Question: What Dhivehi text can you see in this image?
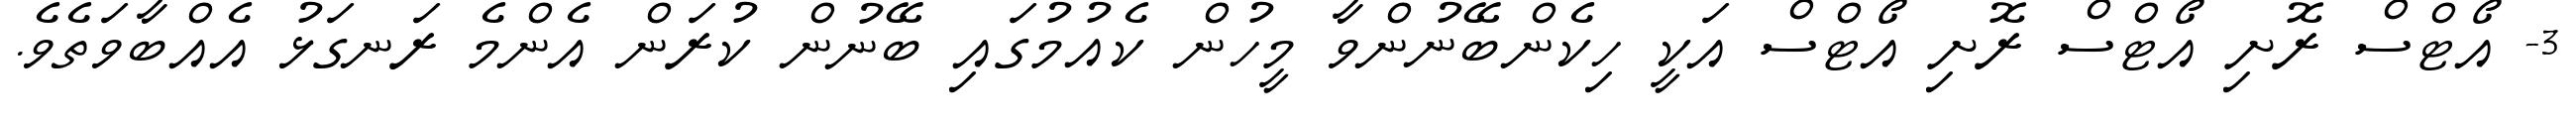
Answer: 3- އޯޓްސް ރޮށި އޯޓްސް ރޮށި އޯޓްސް އަކީ ހިކެންބޭނުންވާ މީހުން ކެއުމުގައި ބޭނުން ކުރަން އެންމެ ރަނގަޅު އެއްބާވަތެވެ.